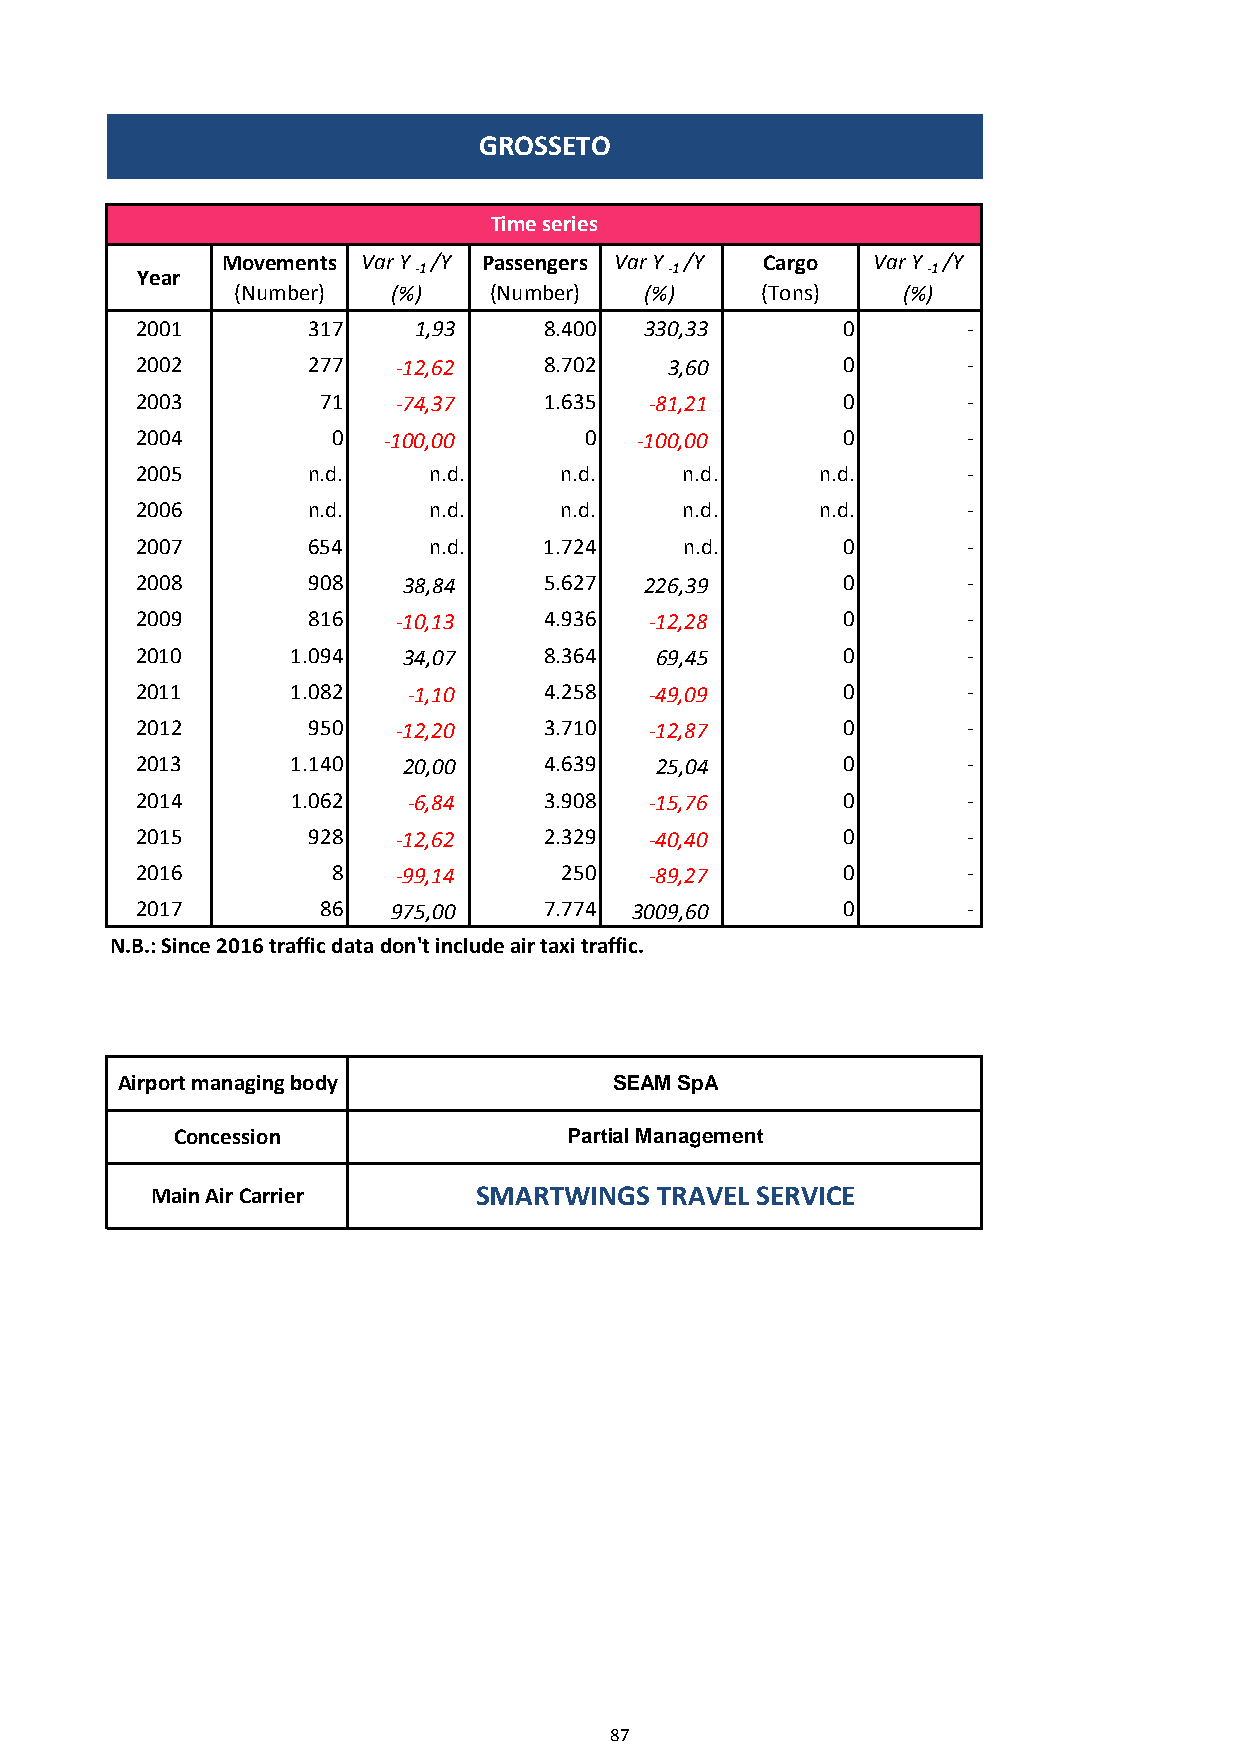
GROSSETO
 Time series
 Movements Var Y /Y Passengers Var Y /Y Cargo Var Y /Y
 Year              -1               -1               -1
 (Number)  (%)   (Number)   (%)    (Tons)    (%)
 2001       317    1,93     8.400  330,33       0       -
 2002       277   -12,62    8.702   3,60        0       -
 2003        71   -74,37    1.635  -81,21       0       -
 2004         0  -100,00       0  -100,00       0       -
 2005       n.d.    n.d.     n.d.    n.d.     n.d.      -
 2006       n.d.    n.d.     n.d.    n.d.     n.d.      -
 2007       654     n.d.    1.724    n.d.       0       -
 2008       908    38,84    5.627  226,39       0       -
 2009       816   -10,13    4.936  -12,28       0       -
 2010      1.094   34,07    8.364  69,45        0       -
 2011      1.082   -1,10    4.258  -49,09       0       -
 2012       950   -12,20    3.710  -12,87       0       -
 2013      1.140   20,00    4.639  25,04        0       -
 2014      1.062   -6,84    3.908  -15,76       0       -
 2015       928   -12,62    2.329  -40,40       0       -
 2016         8   -99,14     250   -89,27       0       -
 2017        86   975,00    7.774 3009,60       0       -
 N.B.: Since 2016 traffic data don't include air taxi traffic.
 Airport managing body            SEAM SpA
 Concession                Partial Management
 Main Air Carrier      SMARTWINGS TRAVEL SERVICE
 87